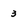
Character: 3